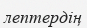
лептердің